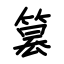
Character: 篡